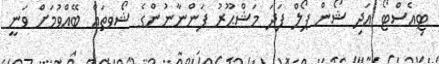
ޓިއެސްޓޯ އަދި ޝޯން ޕޯލް ފަދަ މަޝްޙޫރު ފަންނާނުންގެ ޝޯވތައް ބޭއްވުމަށް ވަނީ